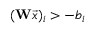
( \mathbf { W } \Vec { x } ) _ { i } > - b _ { i }